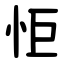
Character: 怇